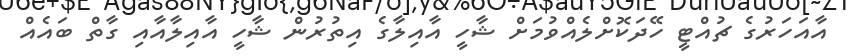
އާއަހަރުގެ ޗުއްޓީ ހޭދަކޮށްލެއްވުމަށް ޝާހީ އާއިލާގެ އިތުރުން ޝާހީ އާއިލާއާއި ގާތް ބައެއް